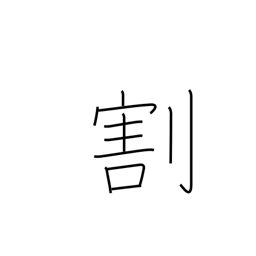
Meaning: separate